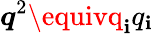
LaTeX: \boldsymbol{q}^{2}\equivq_{\mathbf{i}}q_{\mathbf{i}}